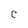
Character: C